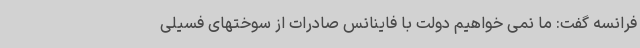
فرانسه گفت: ما نمی خواهیم دولت با فاینانس صادرات از سوختهای فسیلی